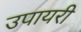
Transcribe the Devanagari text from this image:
उपायरी